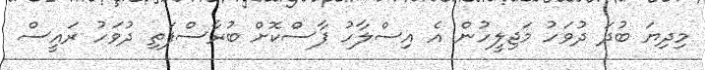
މިދިޔަ ބުދަ ދުވަހު މަޖިލީހުން އެ އިސްލާހު ފާސްކޮށް ބުރާސްފަތި ދުވަހު ރައީސް